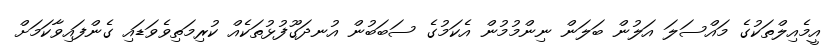
އީމެއިލްތަކުގެ މައްސަލަ އަލުން ބަލަން ނިންމުމުން އެކަމުގެ ސަބަބުން އުނދަގޫފުޅުތަކެއް ކުރިމަތިވެވަޑައި ގެންފައިވާކަމަށް